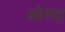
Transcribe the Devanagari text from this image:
सोग्दा